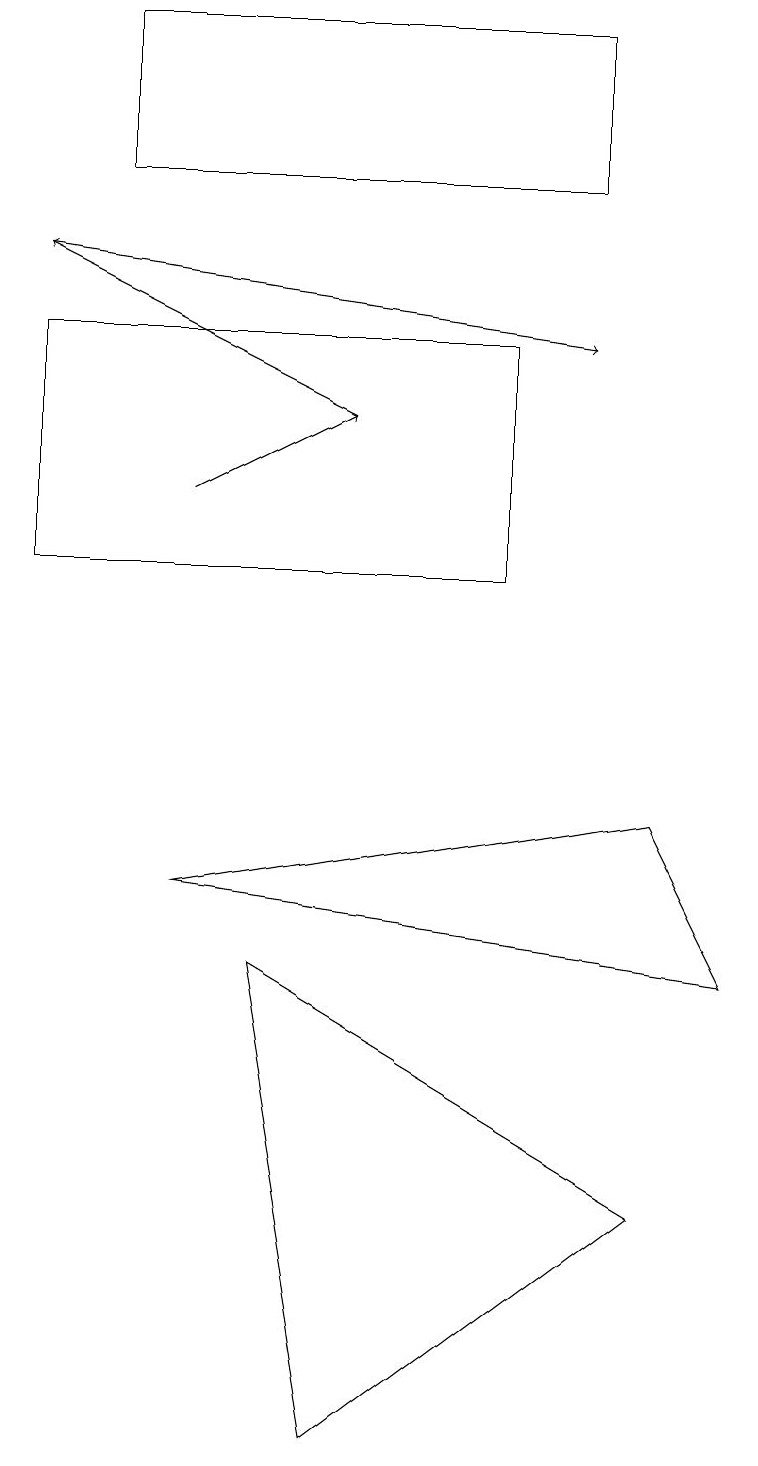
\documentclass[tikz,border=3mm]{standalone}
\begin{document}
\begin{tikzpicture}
\draw (9,7) -- (2,8) -- (8,9) -- cycle;
\draw (4,1) -- (3,7) -- (8,4) -- cycle;
\draw (0,12) rectangle (6,15);
\draw[->] (4,14) -- (0,16);
\draw (7,19) rectangle (1,17);
\draw[->] (2,13) -- (4,14);
\draw[->] (0,16) -- (7,15);
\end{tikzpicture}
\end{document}